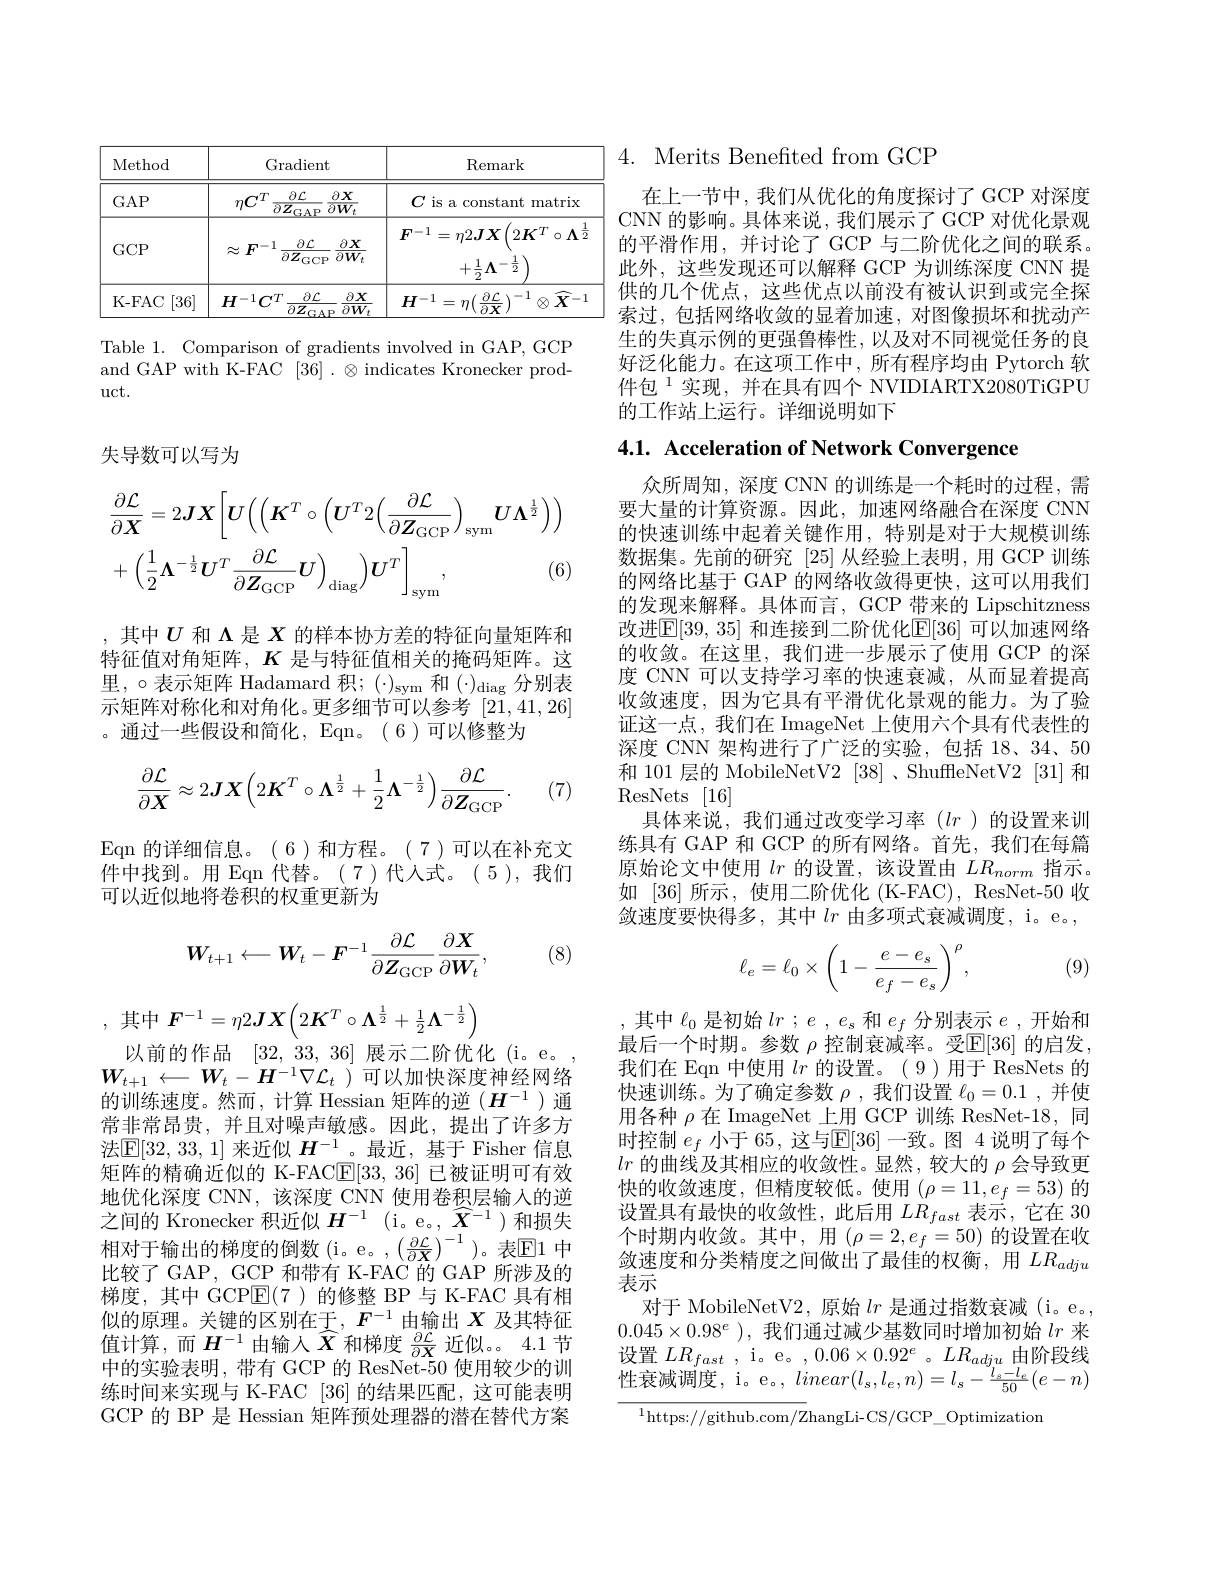
<table>
	<tbody>
		<tr>
			<th rowspan="2">Method $GAP$</th>
			<th colspan="3">Gradient</th>
			<th rowspan="2">Remark $C$ is a constant matrix</th>
		</tr>
		<tr>
			<th>$n\boldsymbol{C}^{11}$ $\bar{\partial}$</th>
			<th>$\partial{\mathcal L}$ $\overline{Z_{\mathrm{GAP}}}$</th>
			<th>$\partial X$ $jW_{t}$</th>
		</tr>
		<tr>
			<td>$GCP$</td>
			<td>$\boldsymbol{F}^{-1}$ $\approx$</td>
			<td>$\partial{\mathcal L}$ $\overline{\partial Z_{\mathrm{GCP}}}$</td>
			<td>$\partial X$ $\overline{\partial W_{t}}$</td>
			<td>$=\eta2JX$ $2\boldsymbol{K}^{T}\circ\boldsymbol{\Lambda}^{\frac{1}{2}}$ $\boldsymbol{F}^{-1}$ $+\frac{1}{2}\Lambda$ 一 $\overline{9}$</td>
		</tr>
		<tr>
			<td>[36] K- FAC</td>
			<td>$H^{-1}C^{T}$</td>
			<td>$\partial{\mathcal L}$ $\overline{\partial Z}$</td>
			<td>$\partial X$ $\overline{\partial W_{t}}$</td>
			<td>$H^{-1}=\eta(\frac{\partial\mathcal{L}}{\partial\boldsymbol{X}})$ $\textcircled{X}$ $\supset\tilde{X}^{-}$ $Y$</td>
		</tr>
	</tbody>
</table>

Table 1. Comparison of gradients involved in GAP, GCP and GAP with K-FAC [36] . $\otimes$ indicates Kronecker prod- $\operatorname{uct.}$

失导数可以写为
$$\begin{aligned}&\frac{\partial\mathcal{L}}{\partial\boldsymbol{X}}=2\boldsymbol{J}\boldsymbol{X}\bigg[\boldsymbol{U}\bigg(\bigg(\boldsymbol{K}^{T}\circ\bigg(\boldsymbol{U}^{T}2\bigg(\frac{\partial\mathcal{L}}{\partial\boldsymbol{Z}_{\mathrm{GCP}}}\bigg)_{\mathrm{sym}}\boldsymbol{U}\boldsymbol{\Lambda}^{\frac{1}{2}}\bigg)\bigg)\\&+\left(\frac{1}{2}\boldsymbol{\Lambda}^{-\frac{1}{2}}\boldsymbol{U}^{T}\frac{\partial\mathcal{L}}{\partial\boldsymbol{Z}_{\mathrm{GCP}}}\boldsymbol{U}\right)_{\mathrm{diag}}\boldsymbol{U}^{T}\bigg]_{\mathrm{sym}},&\text{(6)}\end{aligned}$$
,其中$U$和$\Lambda$是$X$的样本协方差的特征向量矩阵和特征值对角矩阵，$K$是与特征值相关的掩码矩阵。这里，$\circ$表示矩阵 Hadamard 积；$(\cdot)_\mathrm{sym}$ 和$(\cdot)_\mathrm{diag}$分别表示矩阵对称化和对角化。更多细节可以参考[21,41,26] 。通过一些假设和简化，Eqn。(6)可以修整为
$$\frac{\partial\mathcal{L}}{\partial\boldsymbol{X}}\approx2\boldsymbol{JX}\Big(2\boldsymbol{K}^{T}\circ\boldsymbol{\Lambda}^{\frac{1}{2}}+\frac{1}{2}\boldsymbol{\Lambda}^{-\frac{1}{2}}\Big)\frac{\partial\mathcal{L}}{\partial\boldsymbol{Z}_{\mathrm{GCP}}}.$$
(7)

Eqn 的详细信息。(6)和方程。(7)可以在补充文件中找到。用 Eqn 代替。(7)代人式。(5),我们可以近似地将卷积的权重更新为
$$W_{t+1}\longleftarrow W_{t}-F^{-1}\frac{\partial\mathcal{L}}{\partial Z_{\mathrm{GCP}}}\frac{\partial X}{\partial W_{t}},$$
(8)
$$\boldsymbol{F}^{-1}=\eta2\boldsymbol{J}\boldsymbol{X}\Big(2\boldsymbol{K}^T\circ\boldsymbol{\Lambda}^{\frac{1}{2}}+\frac{1}{2}\boldsymbol{\Lambda}^{-\frac{1}{2}}\Big)$$
以前的作品 [32,33,36] 展示二阶优化(i。e。$W_{t+1}\longleftarrow W_{t}-H^{-1}\nabla\mathcal{L}_{t}$ )可以加快深度神经网络的训练速度。然而，计算 Hessian 矩阵的逆($H^-1$)通常非常昂贵，并且对噪声敏感。因此，提出了许多方法$\mathbb{E}[32,33,1]$ 来近似 $H^-1$ 。最近，基于 Fisher 信息矩阵的精确近似的 K-FAC$\mathbb{E}[33,36]$已被证明可有效地优化深度 CNN,该深度 CNN 使用卷积层输入的逆之间的 Kronecker 积近似$H^{-1}$ (i。e。, $\widehat{X}^{-1}$)和损失相对于输出的梯度的倒数(i。e。,$\left(\frac{\partial\mathcal{L}}{\partial\mathcal{X}}\right)^{-1}$)。表E1 中比较了GAP，GCP 和带有 K-FAC 的 GAP 所涉及的梯度，其中 GCPE(7 )的修整 BP 与 K-FAC 具有相似的原理。关键的区别在于，$F^{-1}$由输出$X$及其特征值计算，而$H^-1$由输入$\widehat{X}$和梯度$\frac\partial\mathcal{L}{D}$近似。。4.1节中的实验表明，带有 GCP 的 ResNet-50 使用较少的训练时间来实现与 K-FAC [36] 的结果匹配，这可能表明GCP 的 BP 是 Hessian 矩阵预处理器的潜在替代方案

## 4. Merits Benefited from GCP

在上一节中，我们从优化的角度探讨了 GCP 对深度CNN 的影响。具体来说，我们展示了GCP 对优化景观的平滑作用，并讨论了 GCP 与二阶优化之间的联系。此外，这些发现还可以解释 GCP 为训练深度 CNN 提供的几个优点，这些优点以前没有被认识到或完全探索过，包括网络收敛的显着加速，对图像损坏和扰动产生的失真示例的更强鲁棒性，以及对不同视觉任务的良好泛化能力。在这项工作中，所有程序均由 Pytorch 软件包$^{1}$实现，并在具有四个 NVIDIARTX2080TiGPU 的工作站上运行。详细说明如下

4.1. Acceleration of Network Convergence

众所周知，深度 CNN 的训练是一个耗时的过程，需要大量的计算资源。因此，加速网络融合在深度 CNN 的快速训练中起着关键作用，特别是对于大规模训练数据集。先前的研究[25]从经验上表明，用 GCP 训练的网络比基于 GAP 的网络收敛得更快，这可以用我们的发现来解释。具体而言，GCP 带来的 Lipschitzness 改进$\mathbb{E}[39,35]$ 和连接到二阶优化$\mathbb{E}[36]$ 可以加速网络的收敛。在这里，我们进一步展示了使用 GCP 的深度 CNN 可以支持学习率的快速衰减，从而显着提高收敛速度，因为它具有平滑优化景观的能力。为了验证这一点，我们在 ImageNet 上使用六个具有代表性的深度 CNN 架构进行了广泛的实验，包括 18、34、50和 101 层的 MobileNetV2 [38] 、ShuffleNetV2 [31] 和ResNets [16]
具体来说，我们通过改变学习率($lr$ )的设置来训练具有 GAP 和 GCP 的所有网络。首先，我们在每篇原始论文中使用$lr$的设置，该设置由$LR_norm$指示。如[36]所示，使用二阶优化 (K-FAC), ResNet-50 收敛速度要快得多，其中$lr$由多项式衰减调度，i。e。,
$$\ell_e=\ell_0\times\left(1-\frac{e-e_s}{e_f-e_s}\right)^\rho,$$
(9)

其中$\ell_0$是初始$lr$ $; e$ $, e_s$和$e_f$分别表示$e$ ,开始和最后一个时期。参数$\rho$控制衰减率。受$\mathbb{E}[36]$的启发， 我们在 Eqn 中使用$lr$的设置。(9)用于 ResNets 的快速训练。为了确定参数$\rho$,我们设置$\ell_0=0.1$,并使用各种$\rho$在 ImageNet 上用 GCP 训练 ResNet-18,同时控制$e_f$小于 65,这与$\mathbb{E}[36]$一致。图 4 说明了每个$lr$的曲线及其相应的收敛性。显然，较大的$\rho$会导致更快的收敛速度，但精度较低。使用$(\rho=11,e_f=53)$的设置具有最快的收敛性，此后用$LR_fast$表示，它在 30个时期内收敛。其中，用$(\rho=2,e_f=50)$的设置在收敛速度和分类精度之间做出了最佳的权衡，用$LR_{adju}$ 表示
对于 MobileNetV2,原始$lr$是通过指数衰减(i。e。, $0.045\times0.98^e$ ),我们通过减少基数同时增加初始$lr$来设置$LR_{fast}$ , i。e。$,0.06\times0.92^e$ 。$LR_{adju}$由阶段线性衰减调度，i。e。, $linear(l_s,l_e,n)=l_s-\frac{l_s-l_e}{50}(e-n)$

$^{1}$https://github.com/ZhangLi-CS/GCP\_Optimization